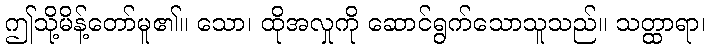
ဤသို့မိန့်တော်မူ၏။ သော၊ ထိုအလှုကို ဆောင်ရွက်သောသူသည်။ သတ္ထာရာ၊